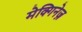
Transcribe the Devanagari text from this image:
मेक्गिनेज़